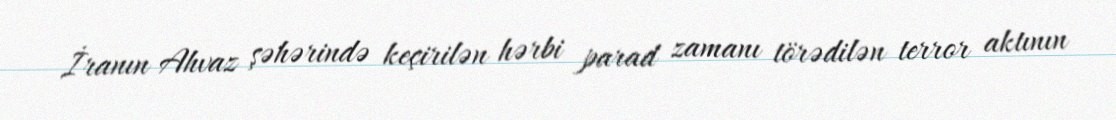
İranın Ahvaz şəhərində keçirilən hərbi parad zamanı törədilən terror aktının